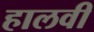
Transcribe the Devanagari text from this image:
हालवी